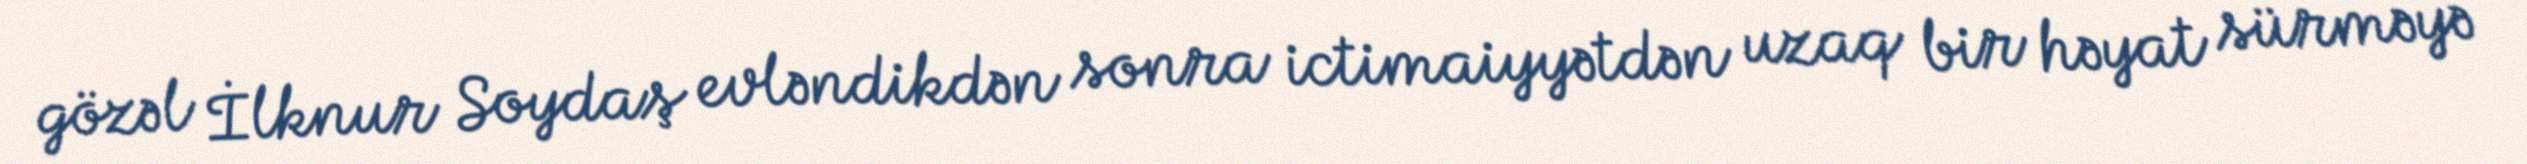
gözəl İlknur Soydaş evləndikdən sonra ictimaiyyətdən uzaq bir həyat sürməyə